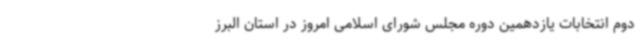
دوم انتخابات یازدهمین دوره مجلس شورای اسلامی امروز در استان البرز